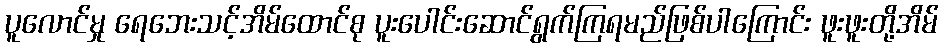
ပူလောင်မှု ရေဘေးသင့်အိမ်ထောင်စု ပူးပေါင်းဆောင်ရွက်ကြရမည်ဖြစ်ပါကြောင်း ဖူးဖူးတို့အိမ်